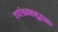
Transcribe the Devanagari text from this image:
वर्णाश्रमसमुद्भजवा